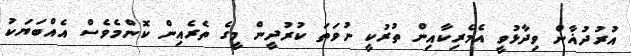
އުރުދުޣާން ވިދާޅުވީ އެމެރިކާއިން ތުރުކީ ނުވަތަ ކުރުދީން މީގެ ތެރެއިން ކޮންމެވެސް އެއްބަޔަކު